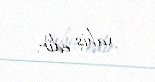
xahiş edir.